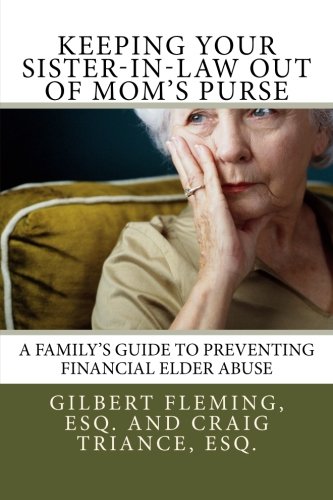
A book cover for Keeping Your Sister-in-Law Out of Mom's Purse: A Family's Guide to Preventing Financial Elder Abuse; Esq., Gilbert Fleming; Law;